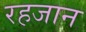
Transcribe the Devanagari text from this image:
रहजान